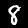
Label: 8